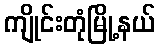
ကျိုင်းတုံမြို့နယ်